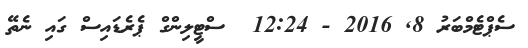
ސެޕްޓެމްބަރު 8